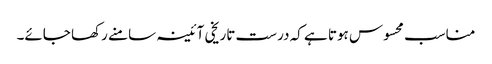
مناسب محسوس ہوتا ہے کہ درست تاریخی آئینہ سامنے رکھا جائے۔